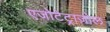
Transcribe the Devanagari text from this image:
एजोटेट्राज़ोल